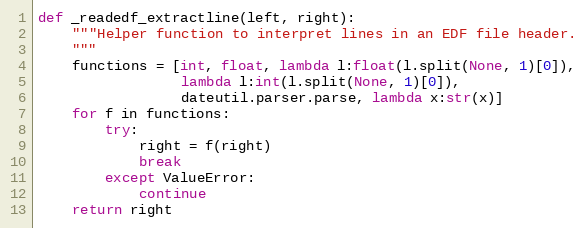
Language: Python
def _readedf_extractline(left, right):
    """Helper function to interpret lines in an EDF file header.
    """
    functions = [int, float, lambda l:float(l.split(None, 1)[0]),
                 lambda l:int(l.split(None, 1)[0]),
                 dateutil.parser.parse, lambda x:str(x)]
    for f in functions:
        try:
            right = f(right)
            break
        except ValueError:
            continue
    return right